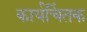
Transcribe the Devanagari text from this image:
कार्यचिंतक